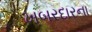
ખબરદારના